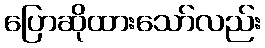
ပြောဆိုထားသော်လည်း